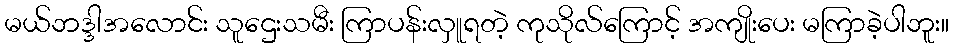
မယ်ဘဒ္ဒါအလောင်း သူဌေးသမီး ကြာပန်းလှူရတဲ့ ကုသိုလ်ကြောင့် အကျိုးပေး မကြာခဲ့ပါဘူး။